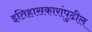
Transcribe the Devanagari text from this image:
इतिहासकारांपुढील